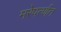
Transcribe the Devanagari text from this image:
मरेपर्त्णत